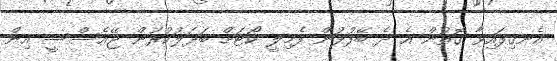
އެނގިފައިވާ ގޮތުން އެ ދެ ބޭފުޅުން ފެމިލީ ކޯޓަށް ބަދަލުކުރަން ޖޭއެސްސީ އިން